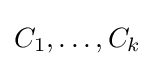
C_{1},\dots ,C_{k}